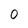
Character: 0